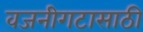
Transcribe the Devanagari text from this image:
वजनीगटासाठी